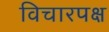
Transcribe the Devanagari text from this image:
विचारपक्ष